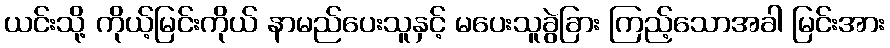
ယင်းသို့ ကိုယ့်မြင်းကိုယ် နာမည်ပေးသူနှင့် မပေးသူခွဲခြား ကြည့်သောအခါ မြင်းအား